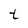
Character: t